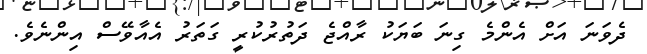
ދެވަނަ އަށް އެންމެ ގިނަ ބަޔަކު ރާއްޖެ ދަތުރުކުރީ ގަތަރު އެއާވޭސް އިންނެވެ.